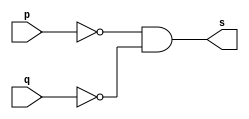
// ---------------------
// Exercicio 05  - NOR
// Nome: Josu
// ---------------------


// ---------------------
// -- nor gate
// ---------------------
module norgate (output s, input p, input q);

    assign s = ( ~(p) & ~(q) );

endmodule


// ---------------------
// -- test norgate
// ---------------------
module testnorgate;

    reg a, b;
    wire s;

    norgate NOR1 (s, a, b);

    initial begin:main
        $display("test nor:");
        $display("\n\~ a & ~ b = s\n");
        $monitor("~ %b & ~ %b = %b ", a, b, s);

        a = 0;
        b = 0;

        #1  a = 0;    b = 1;
        #1  a = 1;    b = 0;
        #1  a = 1;    b = 1;
    end

endmodule